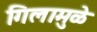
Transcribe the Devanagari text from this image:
गिलामुळे